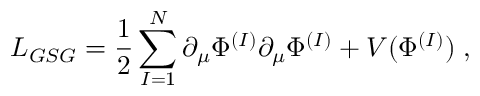
{ \cal L } _ { G S G } = \frac { 1 } { 2 } \sum _ { I = 1 } ^ { N } \partial _ { \mu } \Phi ^ { ( I ) } \partial _ { \mu } \Phi ^ { ( I ) } + V ( \Phi ^ { ( I ) } ) \; ,